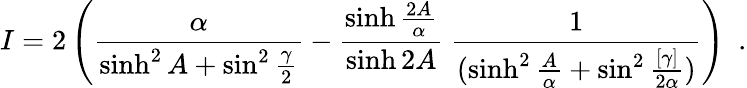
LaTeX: I=2\left({\frac{\alpha}{\sinh^{2}A+\sin^{2}{\frac{\gamma}{2}}}}-{\frac{\sinh{\frac{2A}{\alpha}}}{\sinh{2A}}}~{\frac{1}{(\sinh^{2}{\frac{A}{\alpha}}+\sin^{2}{\frac{[\gamma]}{2\alpha}})}}\right)~~.